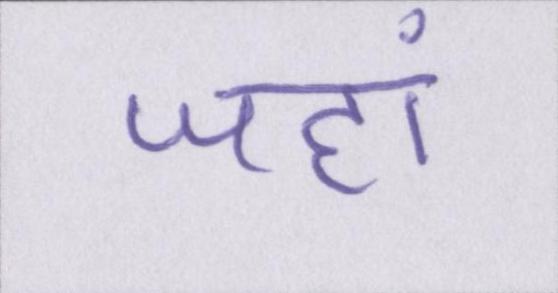
जहां